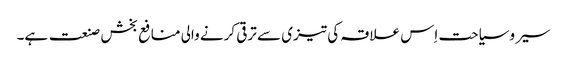
سیر وسیاحت اِس علاقہ کی تیزی سے ترقی کرنے والی منافع بخش صنعت ہے۔